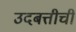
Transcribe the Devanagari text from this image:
उदबत्तीची